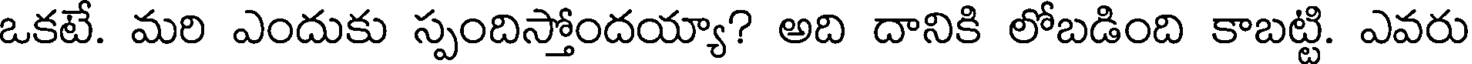
ఒకటే. మరి ఎందుకు స్పందిస్తోందయ్యా? అది దానికి లోబడింది కాబట్టి. ఎవరు